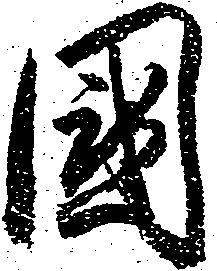
国